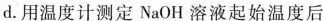
d.用温度计测定NaOH溶液起始温度后